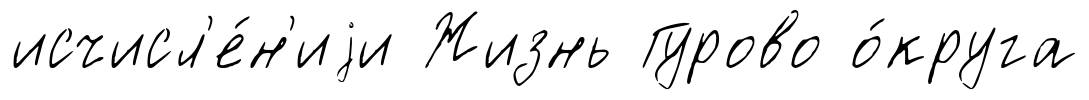
исчисл'е́н'иjи Жизнь Гурово о́круга